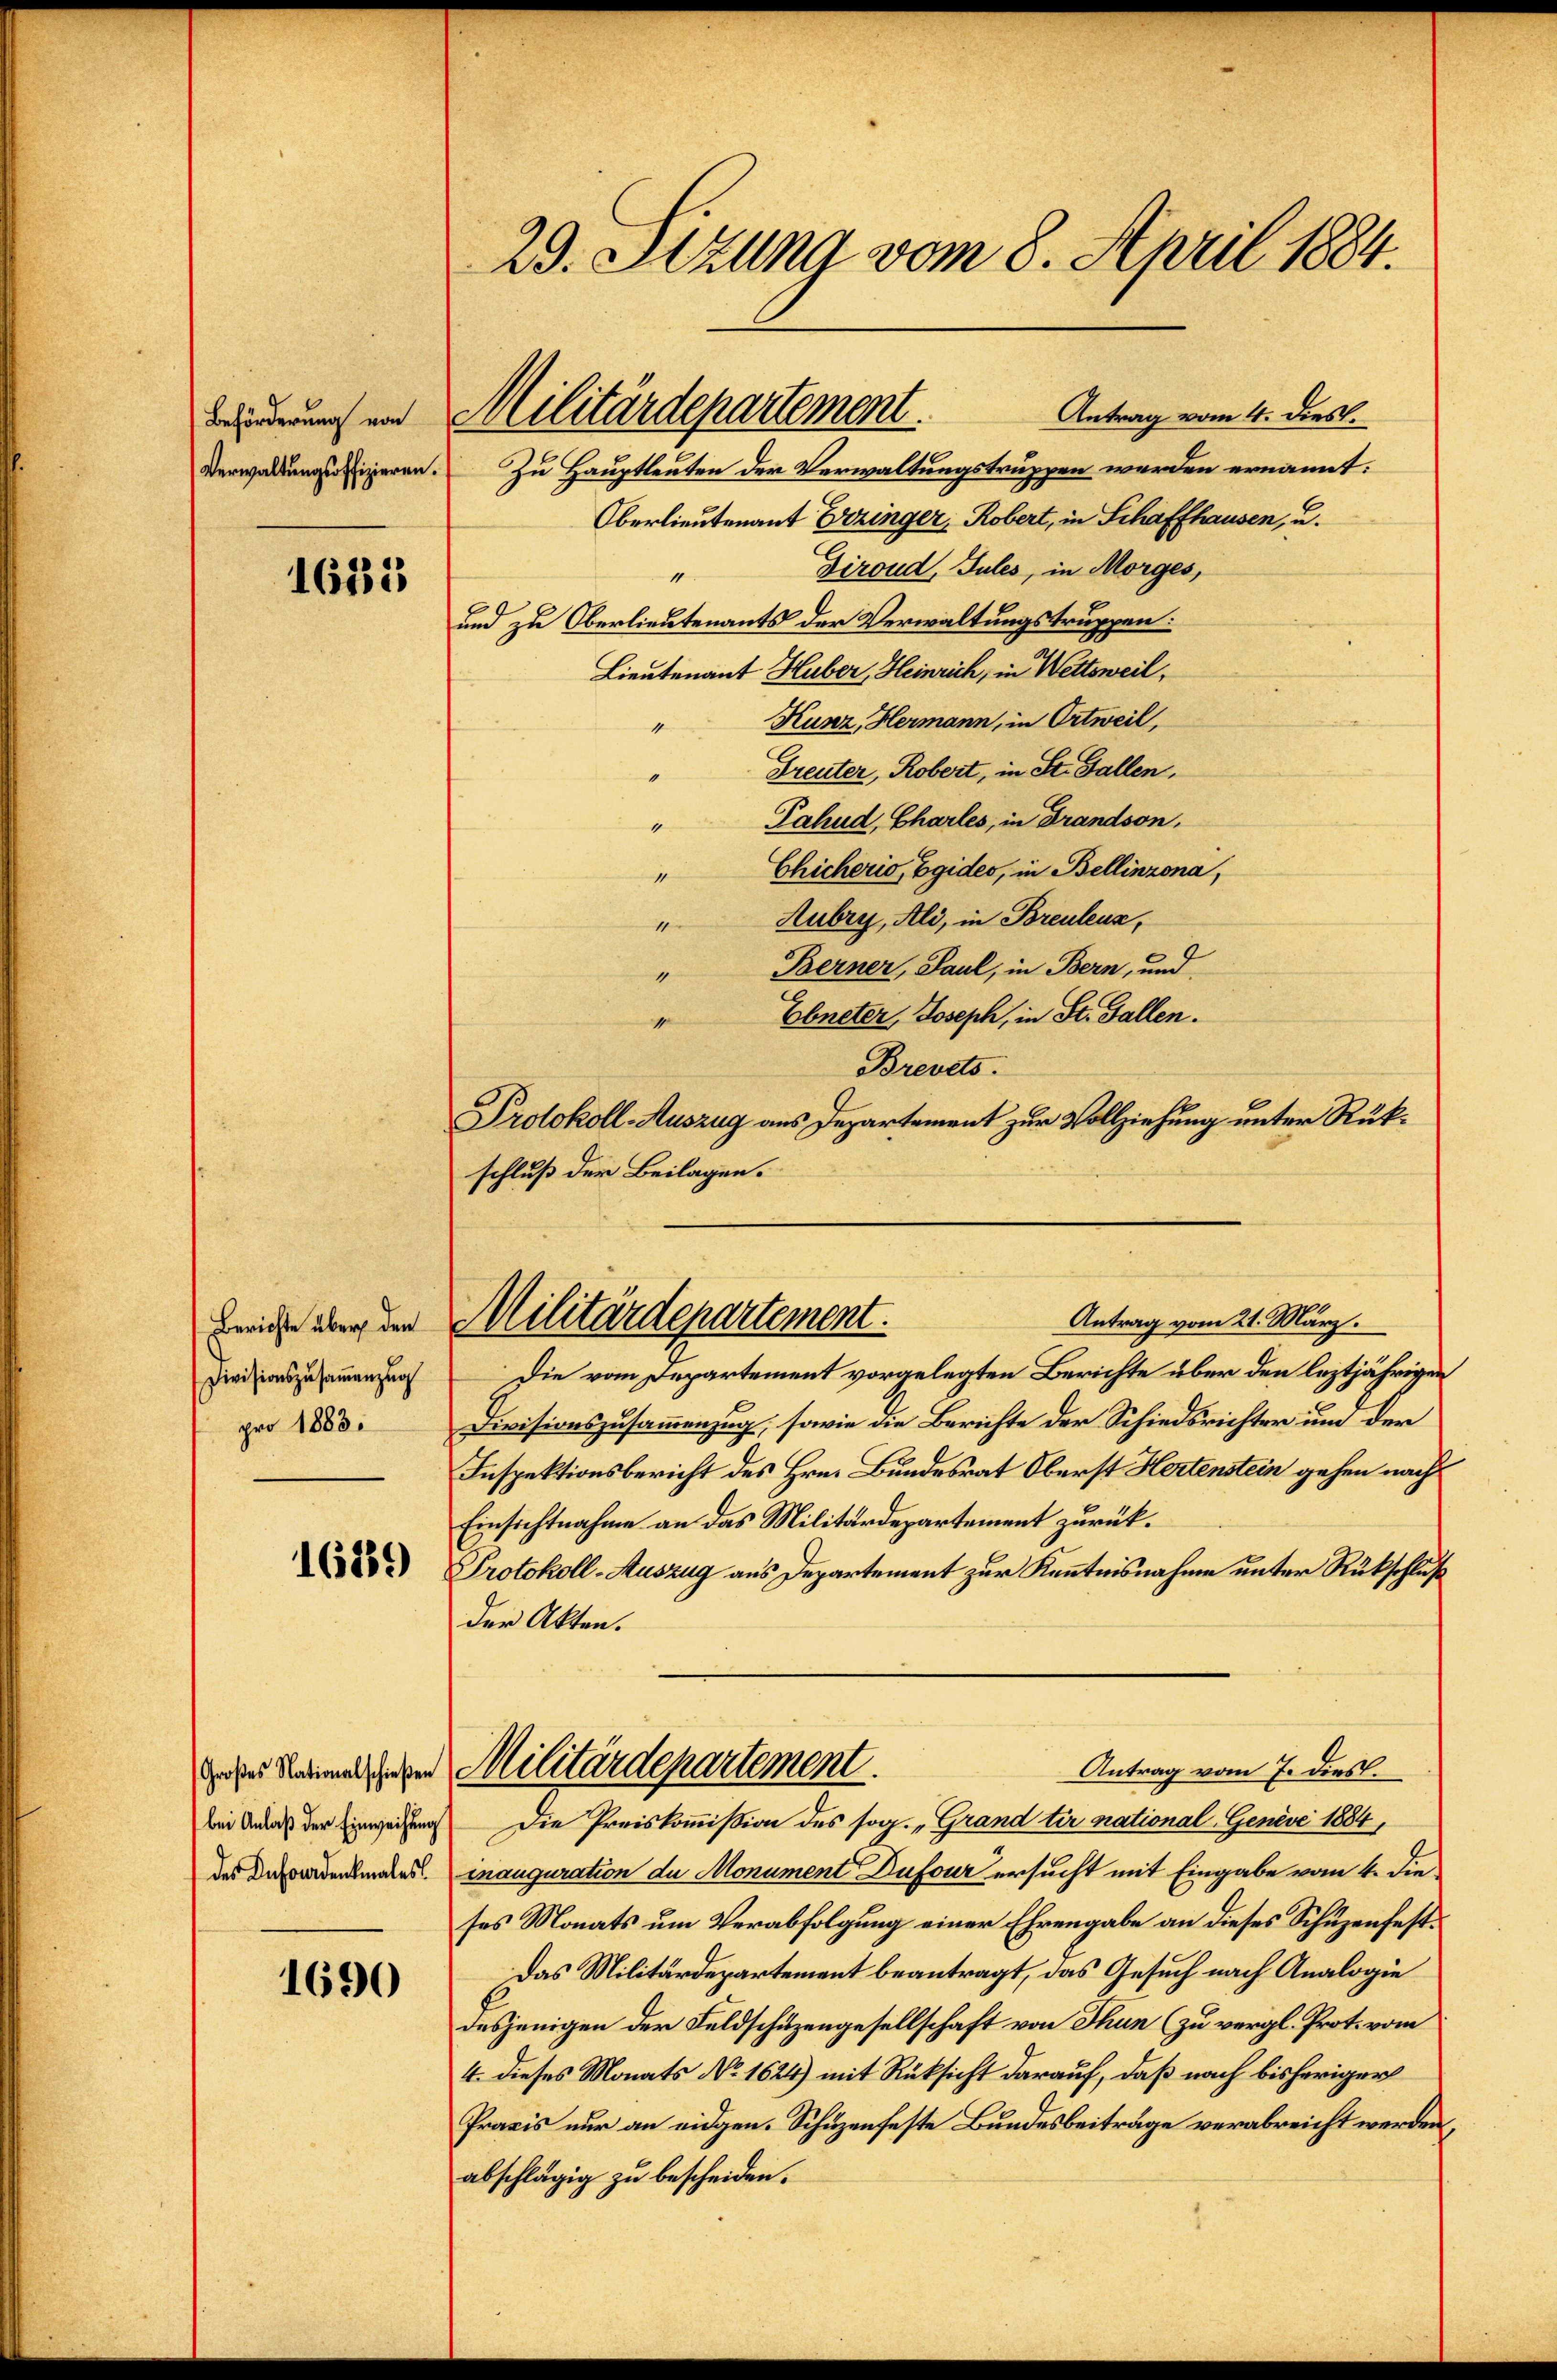
Beförderung von
Verwaltungsoffizieren.

1635

Berichte über den
Divisionszusammenzug
pro 1883.

1689)

Großes Nationalschießen
bei Anlaß der Einweisung
des Infordenkmales

1690

29. Sitzung vom 8. April 1884.

Antrag vom 4. dies.
Zu Hauptleuten der Verwaltungstruppen werden ernannt:
Oberlieutenant Erzinger, Robert, in Schaffhausen, u.
Diroud, Sules, in Morges,
4
und zu Oberlieutenants der Verwaltungstruppen:
Lieutenant Huber, Heinrich, in Wettsweil,
Kunz, Hermann, in Ortweil,
Greuter, Robert, in St. Gallen,
Pahud, Charles, in Brandson,
Chicherio, Egides, in Bellinzona,
Aubry, Ali, in Breulenz,
Berner, Paul, in Bern, und
“
1
schluß der Beilagen.
Die vom Departement vorgelegten Berichte über den leztjährigen
Divisionszusammenzug, sowie die Berichte der Schiedsrichter um der
Inspektionsbericht des Hrn. Bundesrat Oberst Hertenstein gehen nach
Einsichtnahme an das Militärdepartement zurück.
Protokoll-Auszug aus Departement zur Kenntnisnahme unter Rückschluß
der Akten.
Militärdepartement
Antrag vom 7. Diesl.
Die Preiskommißion des sog. „Grand tir national-Genève 1884,
mnauguration de Monument Dufour ersucht mit Eingabe vom 4. die
ses Monats um Verabfolgung einer Ehrengabe an dieses Schuzenfest¬
Das Militärdepartement beantragt, das Gesuch nach Analogie
desjenigen der Feldschuzengesellschaft von Thun (zu vergl. Prot. vom
4. dieses Monats No 1624) mit Rüksicht darauf, daß nach bisheriger
Praxis nur an eidgen. Schüzenfeste Bundesbeiträge verabreicht werden,
abschlägig zu bescheiden.

Militärdepartement

1
4

Ebneter, Joseph, in St. Gallen.
Brevets.
Protokoll-Auszug aus Departement zur Vollziehung unter Rük¬

Militärdepartement.
Antrag vom 21. März.